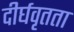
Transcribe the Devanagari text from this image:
दीर्घवृतता